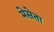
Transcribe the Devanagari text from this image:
मेसेता